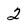
Character: 2